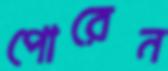
পোরেন